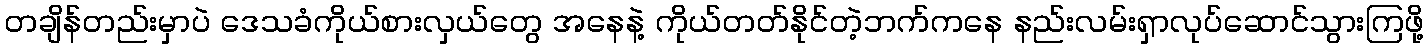
တချိန်တည်းမှာပဲ ဒေသခံကိုယ်စားလှယ်တွေ အနေနဲ့ ကိုယ်တတ်နိုင်တဲ့ဘက်ကနေ နည်းလမ်းရှာလုပ်ဆောင်သွားကြဖို့